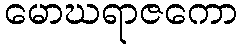
မောဃရာဇကော